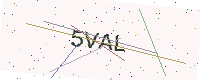
Text: 5VAL